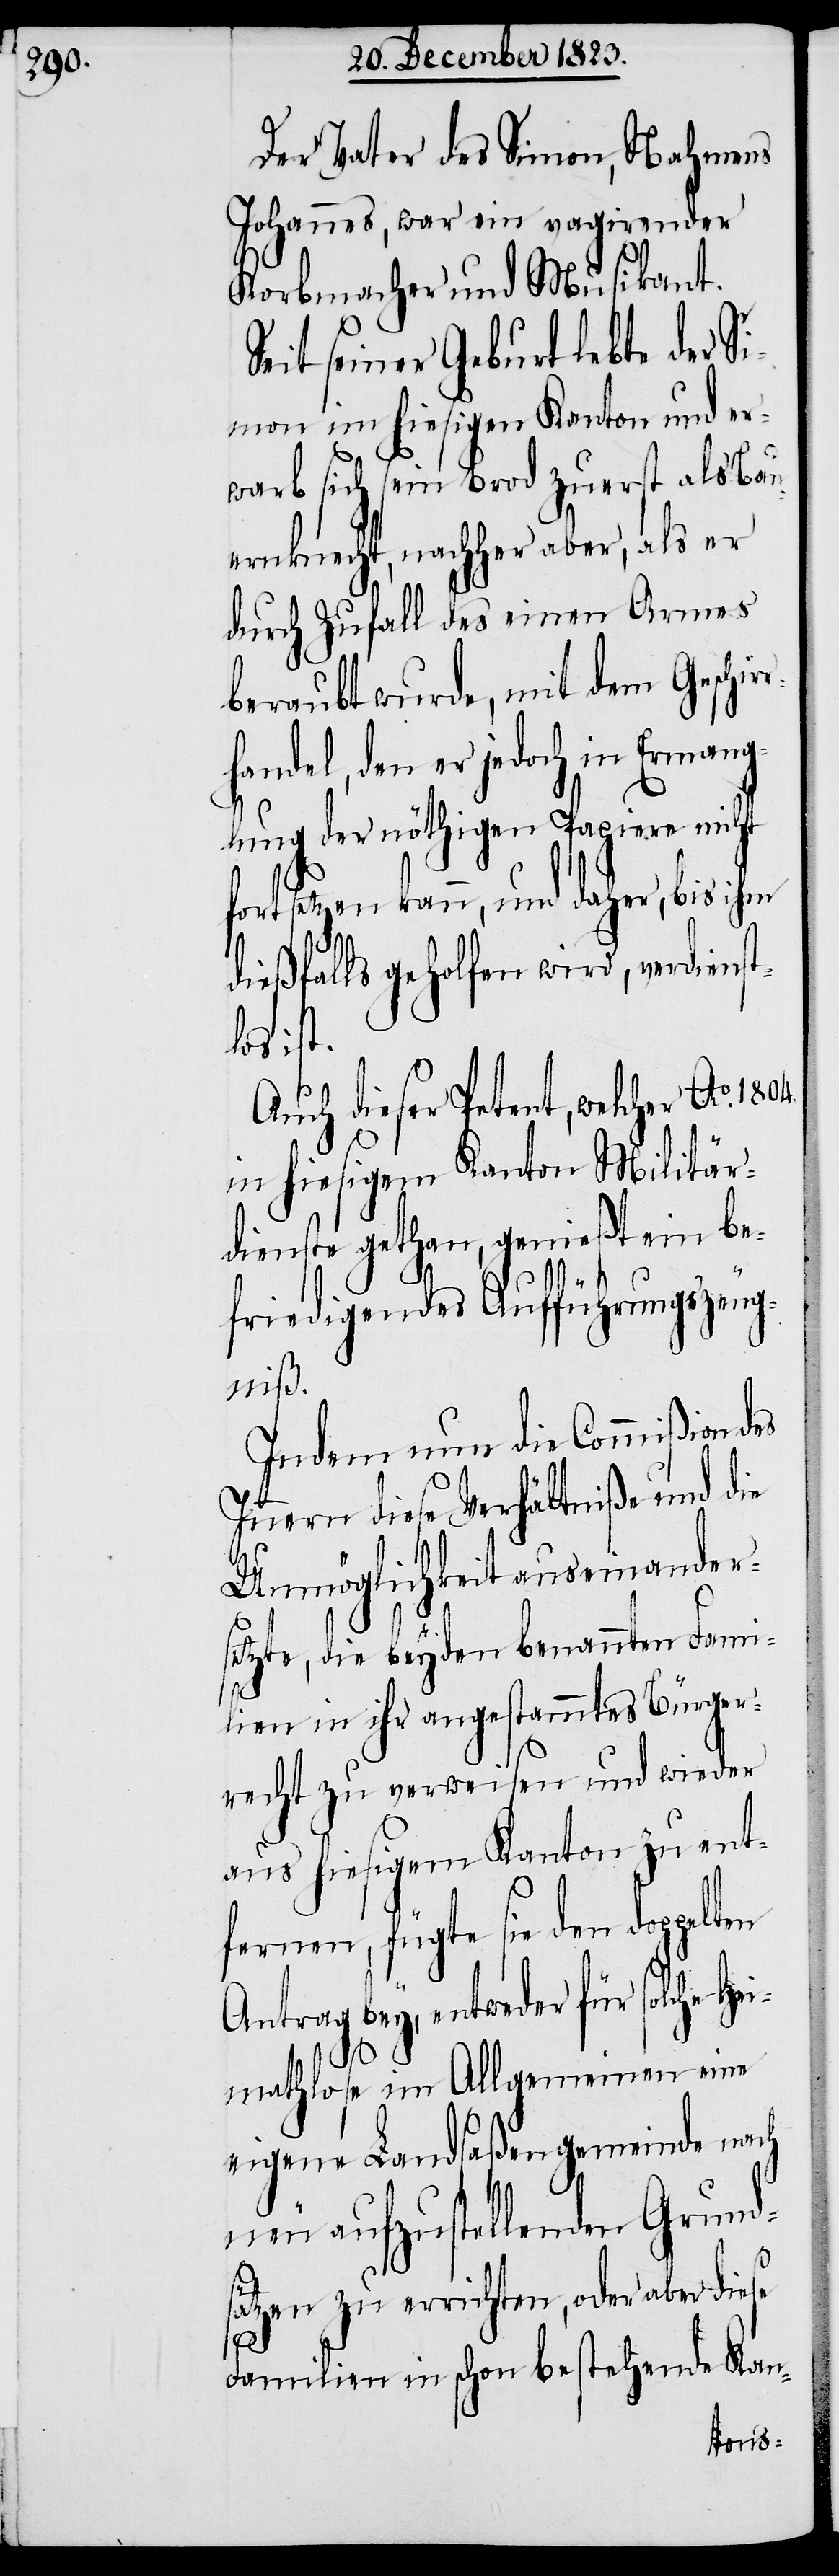
Der Vater des Simon, Nahmens
Johannes, war ein vagirender
Korbmacher und Musikant.
Seit seiner Geburt lebte der S¬
imon im hiesigen Kanton und er¬
warb sich sein Brod zuerst als Bau¬
ernknecht, nachher aber, als er
durch Zufall des einen Armens
beraubt wurde, mit dem Geschi¬
handel, den er jedoch in Ermang¬
lung der nöthigen Papiere nicht
fortsetzen kann, und daher, bis ihm
dießfalls geholfen wird, verdienst¬
los ist.
Auch dieser Petent, welcher Ao.
in hiesigem Kanton Militär¬
dienste gethan, genießt ein be¬
friedigendes Aufführungszeug¬
niß.
Indem nun die Commißion des
Innern diese Verhältniße und die
Unmöglichkeit auseinander¬
setzte, die beyden benannten Fami¬
lien in ihr angestammtes Bürger¬
recht zu verweisen und wieder
aus hiesigem Kanton zu ent¬
fernen, fügte sie den doppelten
Antrag bey, entweder für solche He¬
imathlose im Allgemeinen eine
eigene Landsaßengemeinde nach
neu aufzustellenden Grunds¬
ätzen zu errichten, oder aber diese
1804.
Familien in schon bestehende Kan-